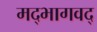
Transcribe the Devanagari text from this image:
मद्‌भागवद्‌